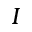
I